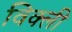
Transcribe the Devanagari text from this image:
विक्ली